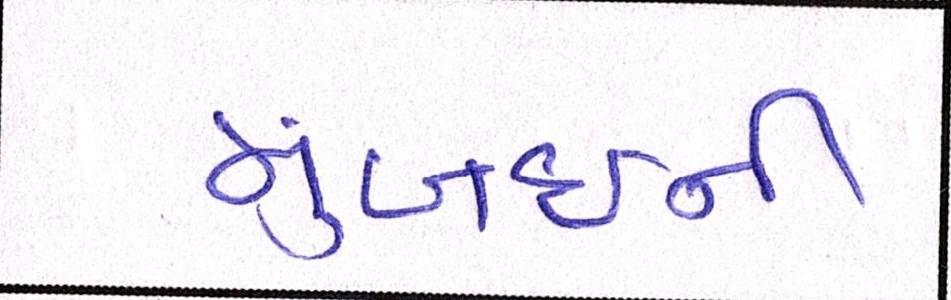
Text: મુંબઈની